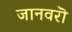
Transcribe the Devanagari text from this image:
जानवरॊ